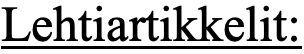
Lehtiartikkelit: